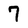
Character: 7